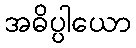
အဓိပ္ပါယော